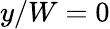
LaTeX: y/W=0